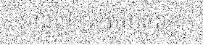
មួយថ្ងៃៗគាត់អាចលក់